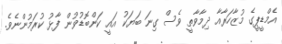
އެމްޑީޕީގެ މުޒާހަރާއާ ދިމާވާތީ ވެސް ގިނަ ބަޔަކު އައީ ކަންބޮޑުވުން ފާޅު ކުރަމުންނެވެ.